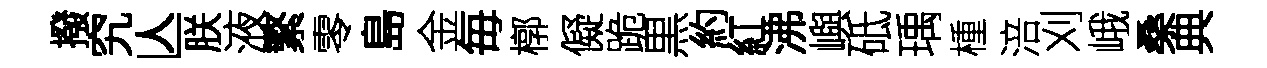
撥究亾朕液繁零島金毎槨儗跪黒約紅沸嶼砥瑀㮔涪刈峨桑典